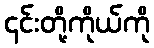
၎င်းတို့ကိုယ်ကို